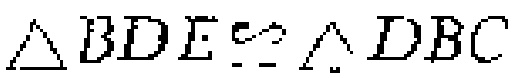
$\triangle BDE\cong\triangle DBC$